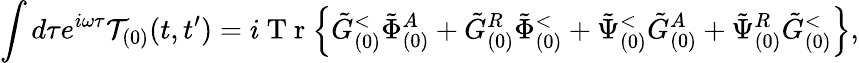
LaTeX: \int d\tau e^{i\omega\tau}\mathcal{T}_{(0)}(t,t^{\prime})=i\mathrm{~T~r~}\Big\{ \tilde{G}_{(0)}^{<}\tilde{\Phi}_{(0)}^{A}+\tilde{G}_{(0)}^{R}\tilde{\Phi}_{(0)}^{<}+\tilde{\Psi}_{(0)}^{<}\tilde{G}_{(0)}^{A}+\tilde{\Psi}_{(0)}^{R}\tilde{G}_{(0)}^{<}\Big\} ,